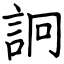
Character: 詗